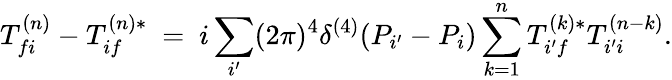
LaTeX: T_{fi}^{(n)}-T_{if}^{(n)*}\ =\ i\sum_{i^{\prime}}(2\pi)^{4}\delta^{(4)}(P_{i^{\prime}}-P_{i})\sum_{k=1}^{n}T_{i^{\prime}f}^{(k)*}T_{i^{\prime}i}^{(n-k)}.